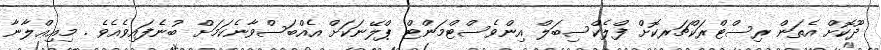
ދޫކޮށް އެތަން ރިސްޓްރަކްޗަރކޮށް ފްލެކްސިބަލް އިންވެސްޓްމަންޓް ޕްލޭނަކަށް އެއްބަސްވާނެކަމަށް ބުނެފައިވެއެވެ . މިއިޢްލާނާ